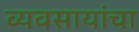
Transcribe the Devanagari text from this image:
व्यवसायांचा